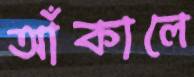
আঁকালে